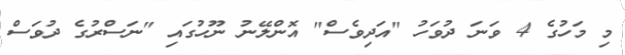
މި މަހުގެ 4 ވަނަ ދުވަހު "އަދިވެސް" އޮންލޭނު ނޫހުގައި "ނަސްރުގެ ދުވަސް